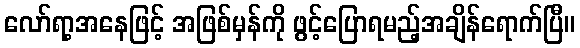
လော်ရာ့အနေဖြင့် အဖြစ်မှန်ကို ဖွင့်ပြောရမည့်အချိန်ရောက်ပြီ။